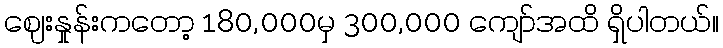
ဈေးနှုန်းကတော့ 180,000မှ 300,000 ကျော်အထိ ရှိပါတယ်။